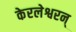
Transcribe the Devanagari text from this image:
केरलेश्वरन्